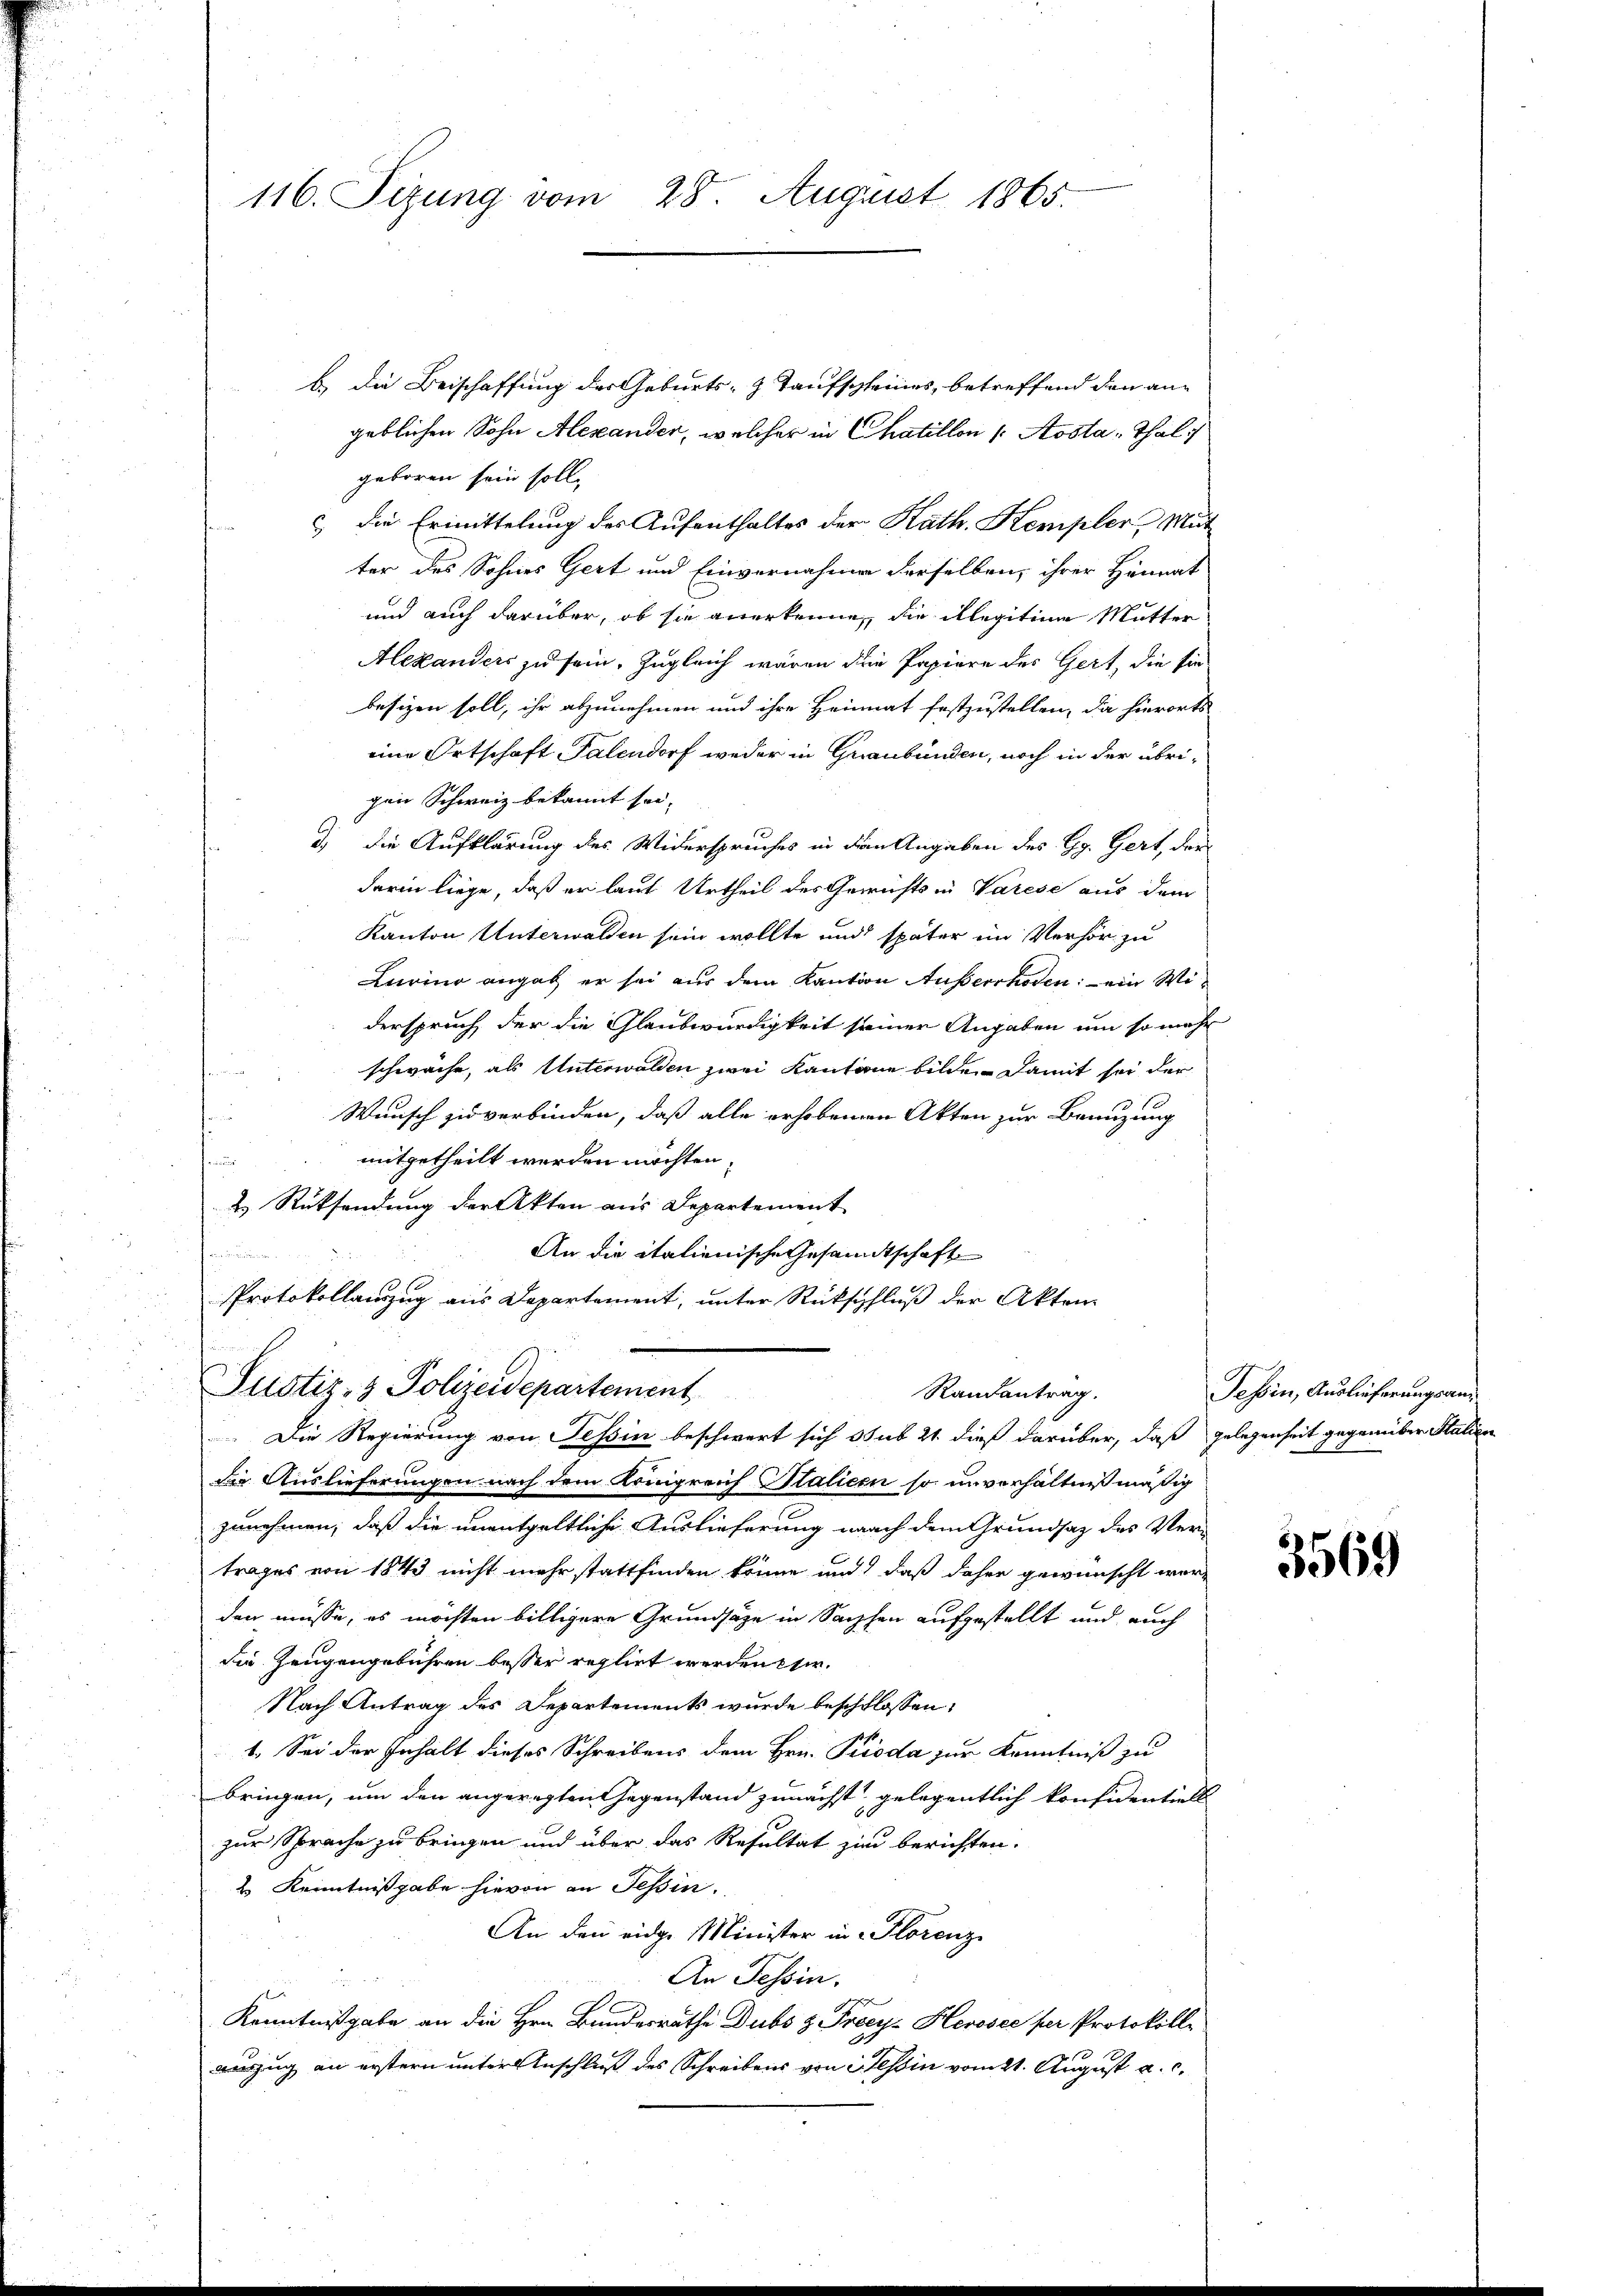
116. Sizung vom 28. August 1865.

b. Die Beischaffung des Geburts- & Taufschleines, betreffend den angeblichen Sohn Alexander, welcher in Chatillon /: Aosta, Thal
geboren sein soll,
 die Ermittelung des Aufenthaltes der Kath. Kempler, Mut
ter des Sohnes Gert und Einvernahme derselben, ihrer Heimat
und auch darüber, ob sie anerkenne, die legitime Mutter
Alexanders zu sein, Zugleich wären die Papiere des Gert, die sie
besizen soll, ihr abzunehmen und ihre Heimat festzustellen, die hierorts
eine Ortschaft Talendorf weder in Graubünden, noch in der übrigen Schweiz bekannt sei.
d) die Aufklärung des Widerspruches in den Angaben des Gg. Gert, der
darin liege, daß er laut Urtheil der Gewichts in Varese aus dem
Kanton Unterwalden sein wollte und später im Verhör zu
Lurino angab er sei aus dem Kanton Ausserrhoden: ein Widerspruch der die Glaubwürdigkeit seiner Angaben um so mehr
schwäche, als Unterwalden zwei Kantone bilden damit sei der
Wunsch zu verbinden, daß alle erhobenen Akten zur Benuzung
mitgetheilt werden möchten,
n
2 Rüksendung der Akten aus Departement
An die italienische Gesandtschaft
fändung
Protokollanzug aus Departement, unter Rückschluß der Akten
Justiz- & Polizeidepartement
Randantrag.
Die Regierung von Tessin beschwert sich sub 21 dieß darüber, daß gelegenheit gegenüber Stalien
die Auslieferungen nach dem Königreich Salicen so unverhältnißmäßig
zunehmen, daß die unentgeltliche Auslieferung nach dem Grundsatz des Vertrages von 1843 nicht mehr stattfinden könne und daß daher gewünscht worden müsse, es möchten billigere Grundsätze in Sachen aufgestellt und auch
die Zeugengebühren besser reglirt werden cir.
Nach Antrag des Departements wurde beschlossen:
1. Sei der Inhalt dieses Schreibens dem Hrn. Pioda zur Kenntniß zu
bringen, um den angeregten Gegenstand zunächst gelegentlich konsidentiell
zur Sprache zu bringen und über das Resultat zu berichten.
2 Kenntnißgabe hievon an Tessin.
An den eidge Minister in Florenz
An Tessin.
Kenntnißgabe an die Hrn. Bundesrathe Dubs & Freey- Herosec per Protokoll-
auszug an erstern unter Anschluß des Schreibens von Tessin vom 21. August a. c.

Tessin, Auslieferungsan¬

3569